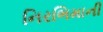
નિરભિમાની